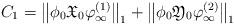
LaTeX: \begin{align*}C_1 = \bigl\|\phi_0 \mathfrak{X}_0 \varphi_\infty^{(1)}\bigr\|_1 + \bigl\|\phi_0 \mathfrak{Y}_0 \varphi_\infty^{(2)}\bigr\|_1\end{align*}